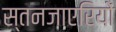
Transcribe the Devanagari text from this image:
स्तनजाएरियों